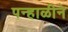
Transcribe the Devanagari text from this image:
पन्हाळीने